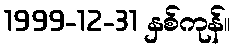
1999-12-31 နှစ်ကုန်။